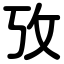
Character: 攷